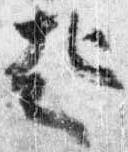
起